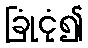
ခြုံငုံ၍